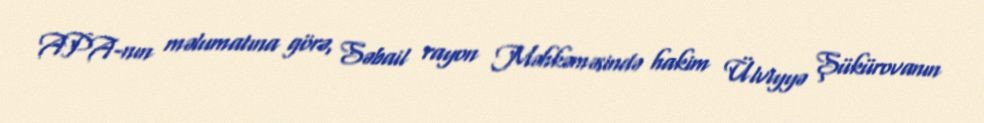
APA-nın məlumatına görə, Səbail rayon Məhkəməsində hakim Ülviyyə Şükürovanın